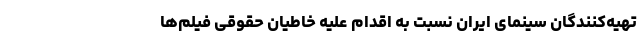
تهیه‌کنندگان سینمای ایران نسبت به اقدام علیه خاطیان حقوقی فیلم‌ها